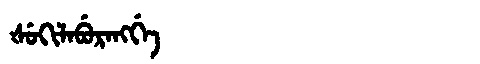
Manchu: ᡧᡠᡴᡳᠯᠠᠪᡠᡵᠠᠩᡤᡝ
Romanization: ŠUKILABURANGGE